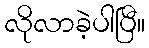
လိုလာခဲ့ပါပြီ။